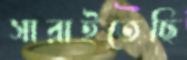
সারাইতেছি